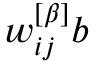
w _ { i j } ^ { \left[ \beta \right] } b